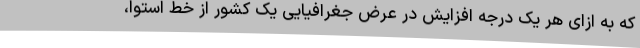
که به ازای هر یک درجه افزایش در عرض جغرافیایی یک کشور از خط استوا،